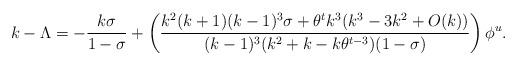
LaTeX: \begin{align*}k-\Lambda=-\frac{k\sigma}{1-\sigma}+\left( \frac{k^2(k+1)(k-1)^3\sigma +\theta^tk^3(k^3-3k^2+O(k))}{(k-1)^3(k^2+k-k\theta^{t-3})(1-\sigma)}\right) \phi^u.\end{align*}